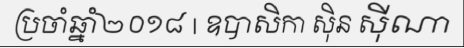
ប្រចាំឆ្នាំ២០១៨ | ឧបាសិកា ស៊ិន ស៊ីណា